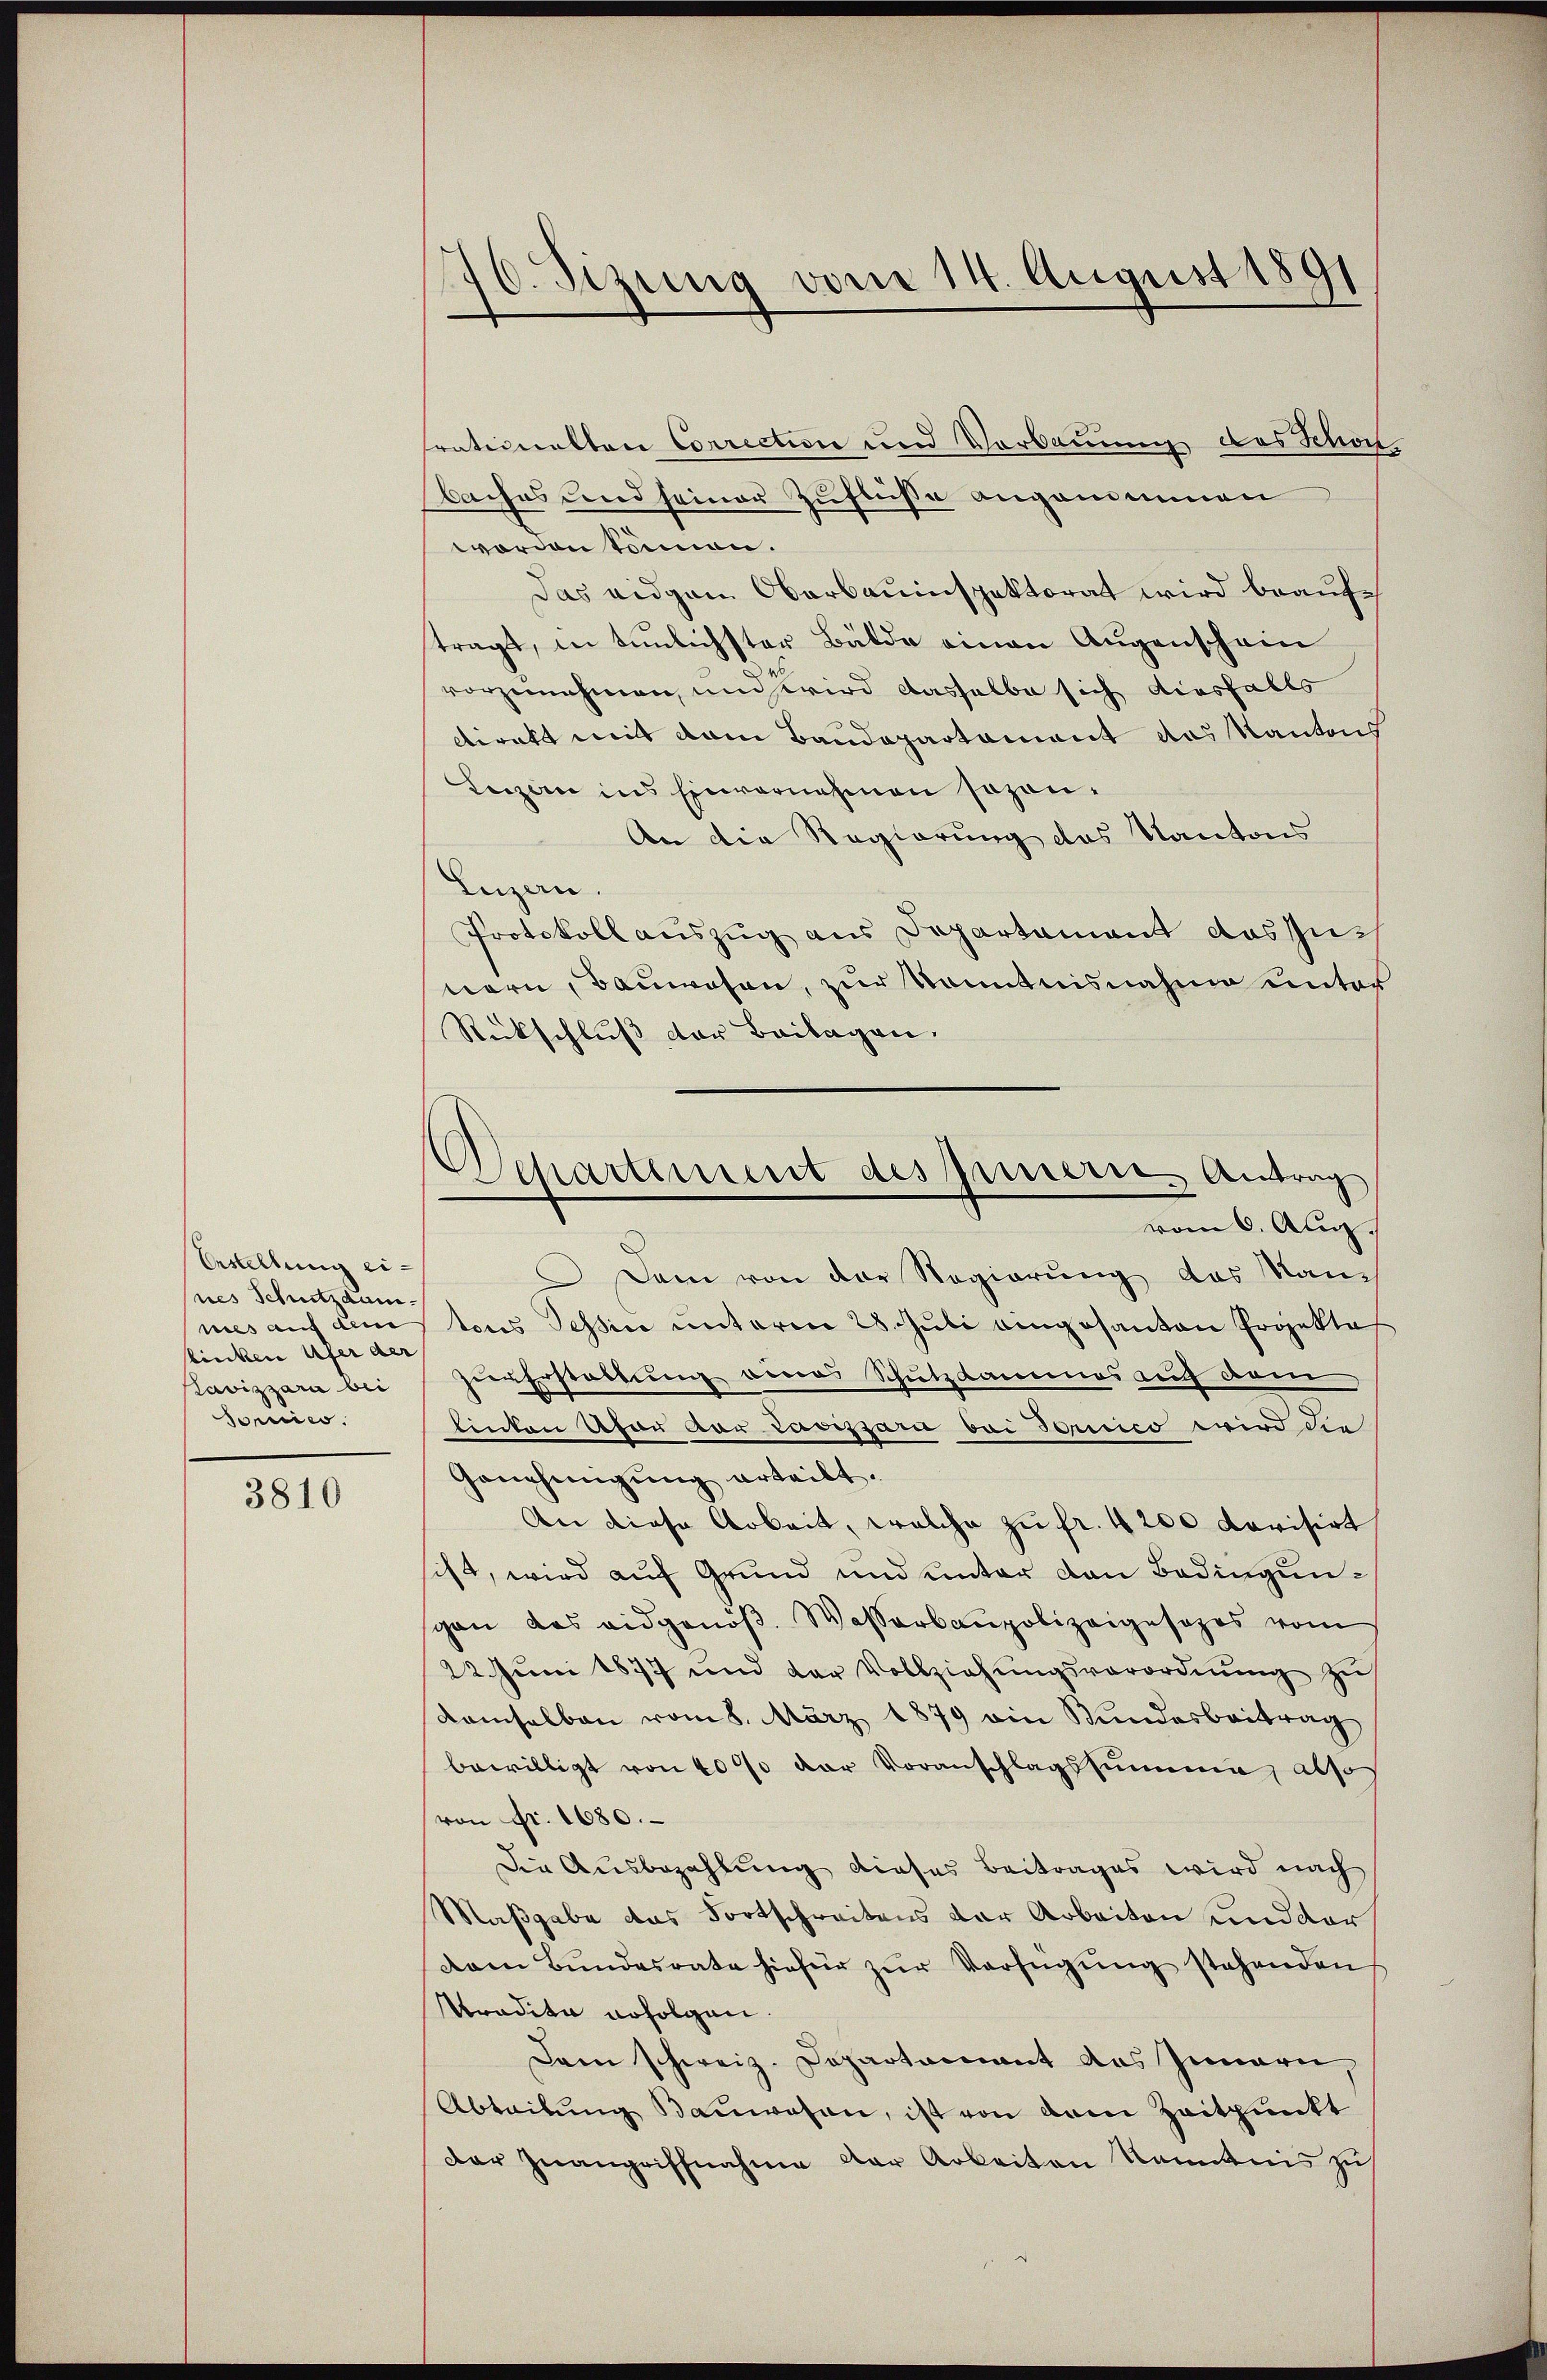
Erstellung eines Schutzdam.
mies auf dem
sinken Ufer der
Lavizzara bei
sonnie.

3810

16. Sizung vom 14. August 1891

trationalten Correctire und Vorbauung des Schon,
baches und seiner Zuflüsse angenommen
worden können.
Das eigen Oberbauinspektorat wird beauftragt, in tunlichster Bälde einen Augenschein
vorzunehmen, und wird dasselbe sich diesfalls
Direkt mit dem Baudepartament das Kantons
Lezau ins Einvernehmen sozan¬
An die Regierung des Kantons
Luzern
Protokoll auszug aus Departament das zunern, Bauwesen, zur Kenntnisnahme unter
Rückschluß der Beilagen.
Dem von der Regierung das Nanc
tores Tessin unterm 28. Juli eingesanten Projektes
zur Erstellung eines Schutzdammes auf dem
linten han vor Lavizzari bei Fornico wird die
Genehmigung erteilt.
An diese Arbeit, welche zu fr. 4200 dovisirt
ist, wird auf Grund und unter von Bedingungan das eidgenöβ. Wasserbaupolizeigesezes vom
22. Jŭni 1877 und der Vollziehŭngsverordnŭng zŭ
damselben vom 8. März 1879 ain Stundesbeitrag
bewilligt von 400 der Voranschlagssumme, also
von Fr. 1680.
Die Ausbezahlung dieses Beitrages wird nach
Maßgabe das Fortschreitens der Arbeiten und der
dam Bŭndesrate hiefür zŭr Verfügŭng stehenden
Ttradita erfolgen
Dam schweiz. Departament des Innern,
Abteilŭng Baŭwesen, ist von dem Zeitpunkt
Der Zwangriffnahme der Arbeiten Kenntnis zu

Departement des Innern, Antrag
vom 6. Aug.